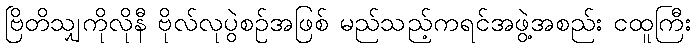
ဗြိတိသျှကိုလိုနီ ဗိုလ်လုပွဲစဉ်အဖြစ် မည်သည့်ကရင်အဖွဲ့အစည်း ငထူကြီး